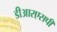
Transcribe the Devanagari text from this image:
डीआरएसपी